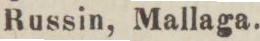
Russin, Mallaga.